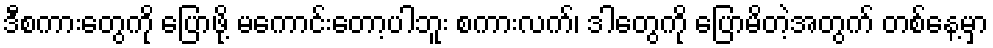
ဒီစကားတွေကို ပြောဖို့ မကောင်းတော့ပါဘူး စကားလက်၊ ဒါတွေကို ပြောမိတဲ့အတွက် တစ်နေ့မှာ